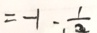
= - 1 - \frac { 1 } { 2 }